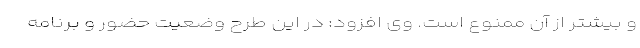
و بیشتر از آن ممنوع است. وی افزود: در این طرح وضعیت حضور و برنامه